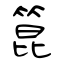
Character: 箟